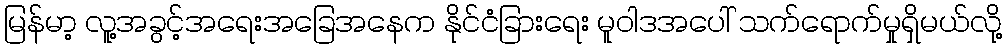
မြန်မာ့ လူ့အခွင့်အရေးအခြေအနေက နိုင်ငံခြားရေး မူဝါဒအပေါ် သက်ရောက်မှုရှိမယ်လို့